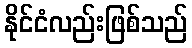
နိုင်ငံလည်းဖြစ်သည်